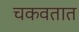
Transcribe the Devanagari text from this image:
चकवतात